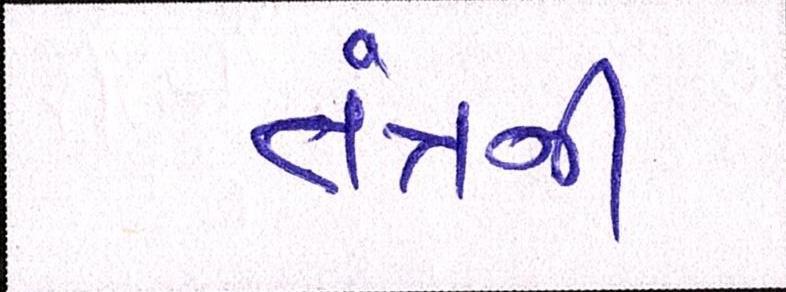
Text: તંત્રની